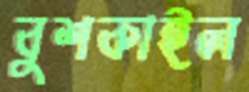
বুশকাইল